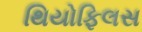
થિયોફિલસ